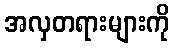
အလှတရားများကို